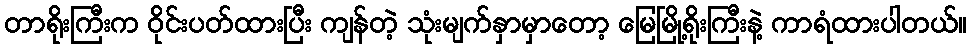
တာရိုးကြီးက ဝိုင်းပတ်ထားပြီး ကျန်တဲ့ သုံးမျက်နှာမှာတော့ မြေမြို့ရိုးကြီးနဲ့ ကာရံထားပါတယ်။